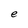
Character: e